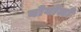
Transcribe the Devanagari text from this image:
बोवोलो